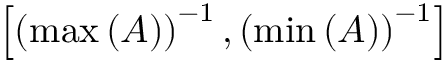
\left[ \left( \operatorname* { m a x } \left( A \right) \right) ^ { - 1 } , \left( \operatorname* { m i n } \left( A \right) \right) ^ { - 1 } \right]